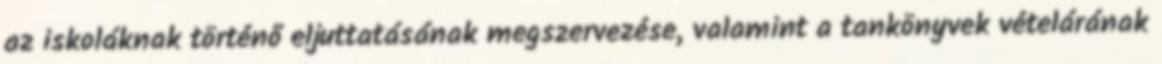
az iskoláknak történő eljuttatásának megszervezése, valamint a tankönyvek vételárának